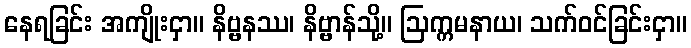
နေရခြင်း အကျိုးငှာ။ နိဗ္ဗနဿ၊ နိဗ္ဗာန်သို့။ ဩက္ကမနာယ၊ သက်ဝင်ခြင်းငှာ။